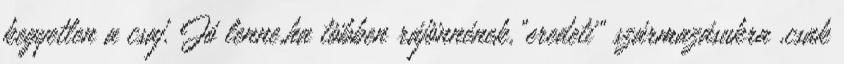
kegyetlen a csaj. Jó lenne,ha többen rájönnének,”eredeti” származásukra ,csak